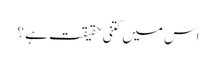
اس میں کتنی حقیقت ہے ؟